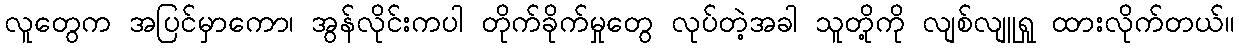
လူတွေက အပြင်မှာကော၊ အွန်လိုင်းကပါ တိုက်ခိုက်မှုတွေ လုပ်တဲ့အခါ သူတို့ကို လျစ်လျူရှု ထားလိုက်တယ်။